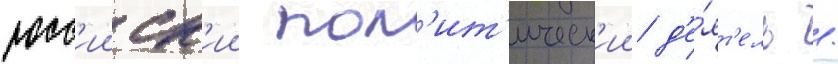
росс'ииск'ии пол'ит'ическ'ии д'е́ят'ель /